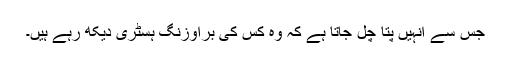
جس سے انہیں پتا چل جاتا ہے کہ وہ کس کی براؤزنگ ہسٹری دیکھ رہے ہیں۔